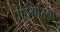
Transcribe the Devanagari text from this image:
पाठमोऱ्या